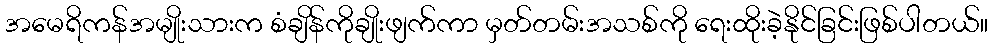
အမေရိကန်အမျိုးသားက စံချိန်ကိုချိုးဖျက်ကာ မှတ်တမ်းအသစ်ကို ရေးထိုးခဲ့နိုင်ခြင်းဖြစ်ပါတယ်။